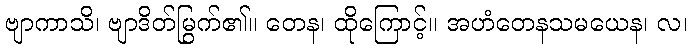
ဗျာကာသိ၊ ဗျာဒိတ်မြွက်၏။ တေန၊ ထိုကြောင့်။ အဟံတေနသမယေန၊ လ၊